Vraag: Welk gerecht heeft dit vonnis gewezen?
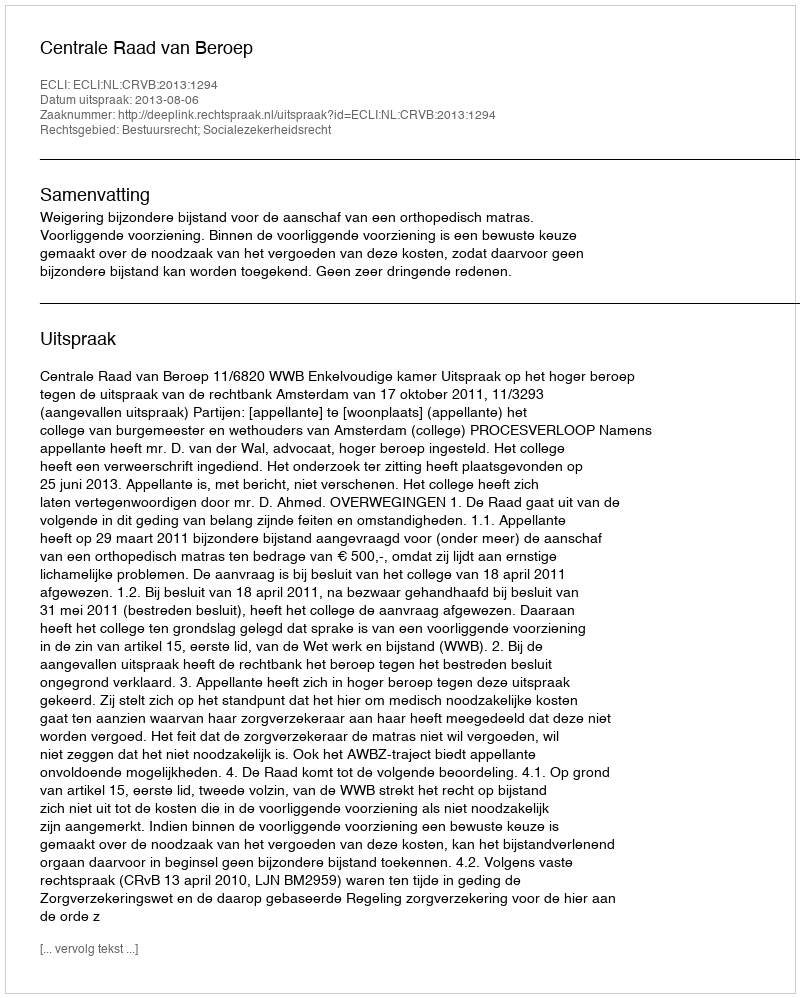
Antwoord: Centrale Raad van Beroep